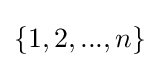
\left\{1,2,...,n\right\}